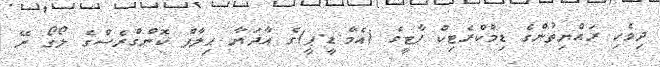
ދިވެހި ރައްޔިތުންގެ ޑިމްކްރެޓިކް ޕާޓީގެ (އެމް.ޑީ.ޕީ)ގެ އާދަޔާ ޙިލާފް ކޮންގްރެސްގެ ލޯގޯ ރޭ